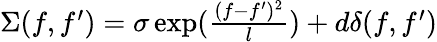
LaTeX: \begin{array}{r}{\Sigma(f,f^{\prime})=\sigma\exp(\frac{(f-f^{\prime})^{2}}{l})+d\delta(f,f^{\prime})}\end{array}